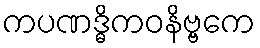
ကပဏဒ္ဓိကဝနိဗ္ဗကေ